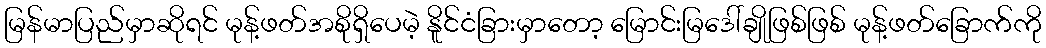
မြန်မာပြည်မှာဆိုရင် မုန့်ဖတ်အစိုရှိပေမဲ့ နိူင်ငံခြားမှာတော့ မြောင်းမြဒေါ်ချိုဖြစ်ဖြစ် မုန့်ဖတ်ခြောက်ကို